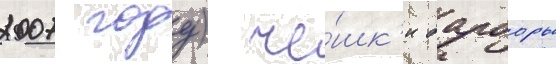
2007 году) че́шк'и барборы